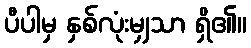
ပီပါမှ နှစ်လုံးမျှသာ ရှိ၏။